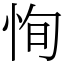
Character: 恂